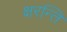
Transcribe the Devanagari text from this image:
क्षरन्ति